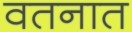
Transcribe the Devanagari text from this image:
वतनात